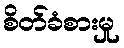
စိတ်ခံစားမှု